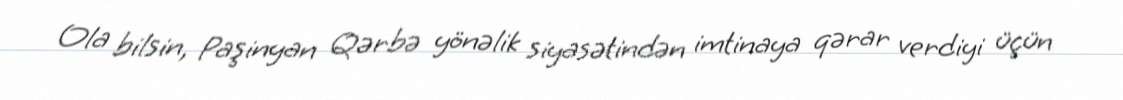
Ola bilsin, Paşinyan Qərbə yönəlik siyasətindən imtinaya qərar verdiyi üçün